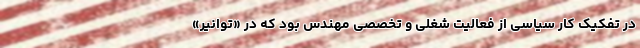
در تفکیک کار سیاسی از فعالیت شغلی و تخصصی مهندس بود که در «توانیر»